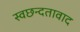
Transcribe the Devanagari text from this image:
स्वछन्दतावाद